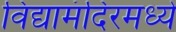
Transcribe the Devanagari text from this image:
विद्यामंदिरमध्ये